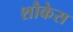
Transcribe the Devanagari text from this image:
शौकेस